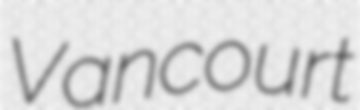
Vancourt